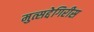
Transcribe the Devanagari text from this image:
मुत्सद्देगिरीस